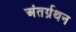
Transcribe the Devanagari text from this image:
अंतर्ग्रथन